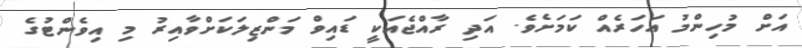
އަށް މުހިންމު އަހަރެއް ކަމަށެވެ. އަދި ރާއްޖެއަކީ ޑައިވް މަންޒިލަކަށްވާއިރު މި އިވެންޓުގެ